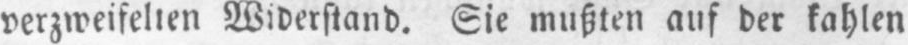
verzweifelten Widerstand. Sie mußten auf der kahlen